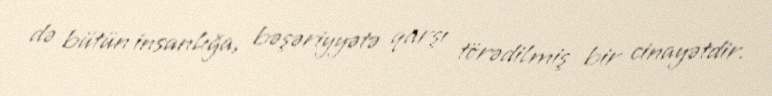
də bütün insanlığa, bəşəriyyətə qarşı törədilmiş bir cinayətdir.